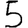
Digit: 5